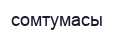
сомтумасы